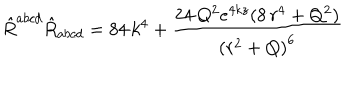
{ \hat { R } } ^ { a b c d } { \hat { R } } _ { a b c d } = 8 4 \, k ^ { 4 } + \frac { 2 4 \, Q ^ { 2 } e ^ { 4 k z } ( 8 \, r ^ { 4 } + Q ^ { 2 } ) } { { ( r ^ { 2 } + Q ) } ^ { 6 } }